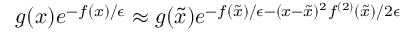
g ( x ) e ^ { - f ( x ) / \epsilon } \approx g ( \tilde { x } ) e ^ { - f ( \tilde { x } ) / \epsilon - ( x - \tilde { x } ) ^ { 2 } f ^ { ( 2 ) } ( \tilde { x } ) / 2 \epsilon }